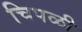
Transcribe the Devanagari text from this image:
चिपळी